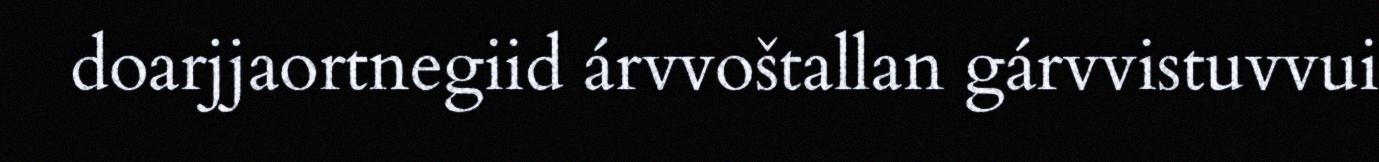
doarjjaortnegiid árvvoštallan gárvvistuvvui